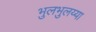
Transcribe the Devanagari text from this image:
भुलभुलय्या